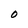
Character: O